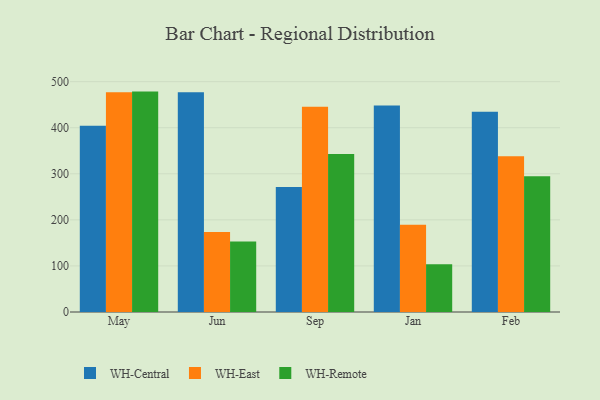
{"axis": {"x": "Month", "y": "Market Share (%)"}, "legend": ["WH-Central", "WH-East", "WH-Remote"], "data": [{"x": "May", "y": 404.1, "type": "WH-Central"}, {"x": "May", "y": 476.8, "type": "WH-East"}, {"x": "May", "y": 478.4, "type": "WH-Remote"}, {"x": "Jun", "y": 476.9, "type": "WH-Central"}, {"x": "Jun", "y": 173.9, "type": "WH-East"}, {"x": "Jun", "y": 152.8, "type": "WH-Remote"}, {"x": "Sep", "y": 271.2, "type": "WH-Central"}, {"x": "Sep", "y": 445.3, "type": "WH-East"}, {"x": "Sep", "y": 342.8, "type": "WH-Remote"}, {"x": "Jan", "y": 448.3, "type": "WH-Central"}, {"x": "Jan", "y": 189.6, "type": "WH-East"}, {"x": "Jan", "y": 103.5, "type": "WH-Remote"}, {"x": "Feb", "y": 434.8, "type": "WH-Central"}, {"x": "Feb", "y": 338.0, "type": "WH-East"}, {"x": "Feb", "y": 294.5, "type": "WH-Remote"}]}